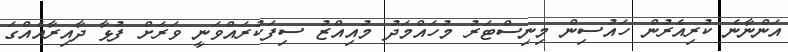
އަންނާނެ ކުރިއެރުން ހައުސިން މިނިސްޓަރު މުހައްމަދު މުއިއްޒު ސިފަކުރައްވަނީ ވަރަށް ފުޅާ ދާއިރާއެއްގަ